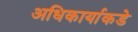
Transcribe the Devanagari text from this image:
अधिकार्याकडे